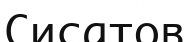
Сисатов